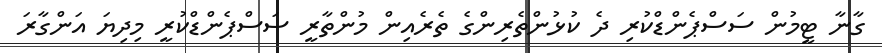
ގާނާ ޓީމުން ސަސްޕެންޑްކުރި ދެ ކުޅުންތެރިންގެ ތެރެއިން މުންތާރީ ސަސްޕެންޑްކުރީ މިދިޔަ އަންގާރަ